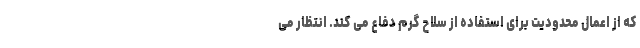
که از اعمال محدودیت برای استفاده از سلاح گرم دفاع می کند. انتظار می